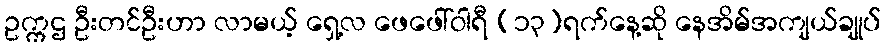
ဥက္ကဌ ဦးတင်ဦးဟာ လာမယ့် ရှေ့လ ဖေဖေါ်ဝါရီ (၁၃)ရက်နေ့ဆို နေအိမ်အကျယ်ချုပ်